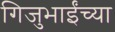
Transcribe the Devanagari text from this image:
गिजुभाईंच्या